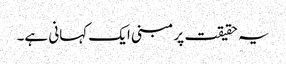
یہ حقیقت پر مبنی ایک کہانی ہے۔